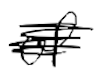
Text: of
Cross-out: scratch
Writing tool: digital_black